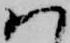
ハ